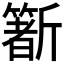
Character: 𣃑